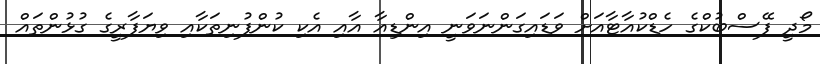
މޯދީ ފޭސްބުކްގެ ހެޑްކުއާޓާއަށް ވަޑައިގަންނަވަނީ އިންޑިއާ އާއި އެކި ކުންފުނިތަކާއި ވިޔަފާރީގެ ގުޅުންތައް